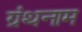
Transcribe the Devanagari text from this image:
ग्रंथनाम